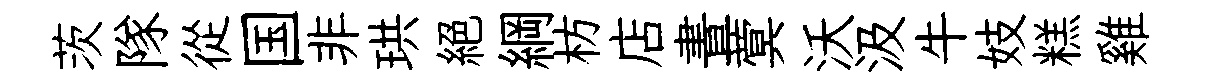
茨隊從国非珙絕綱枋店晝蓂沃汲牛妓糕雞